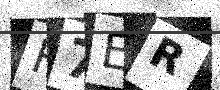
Text: H7ER